Jaan_Tonisson_(Lasteleht), lk 332
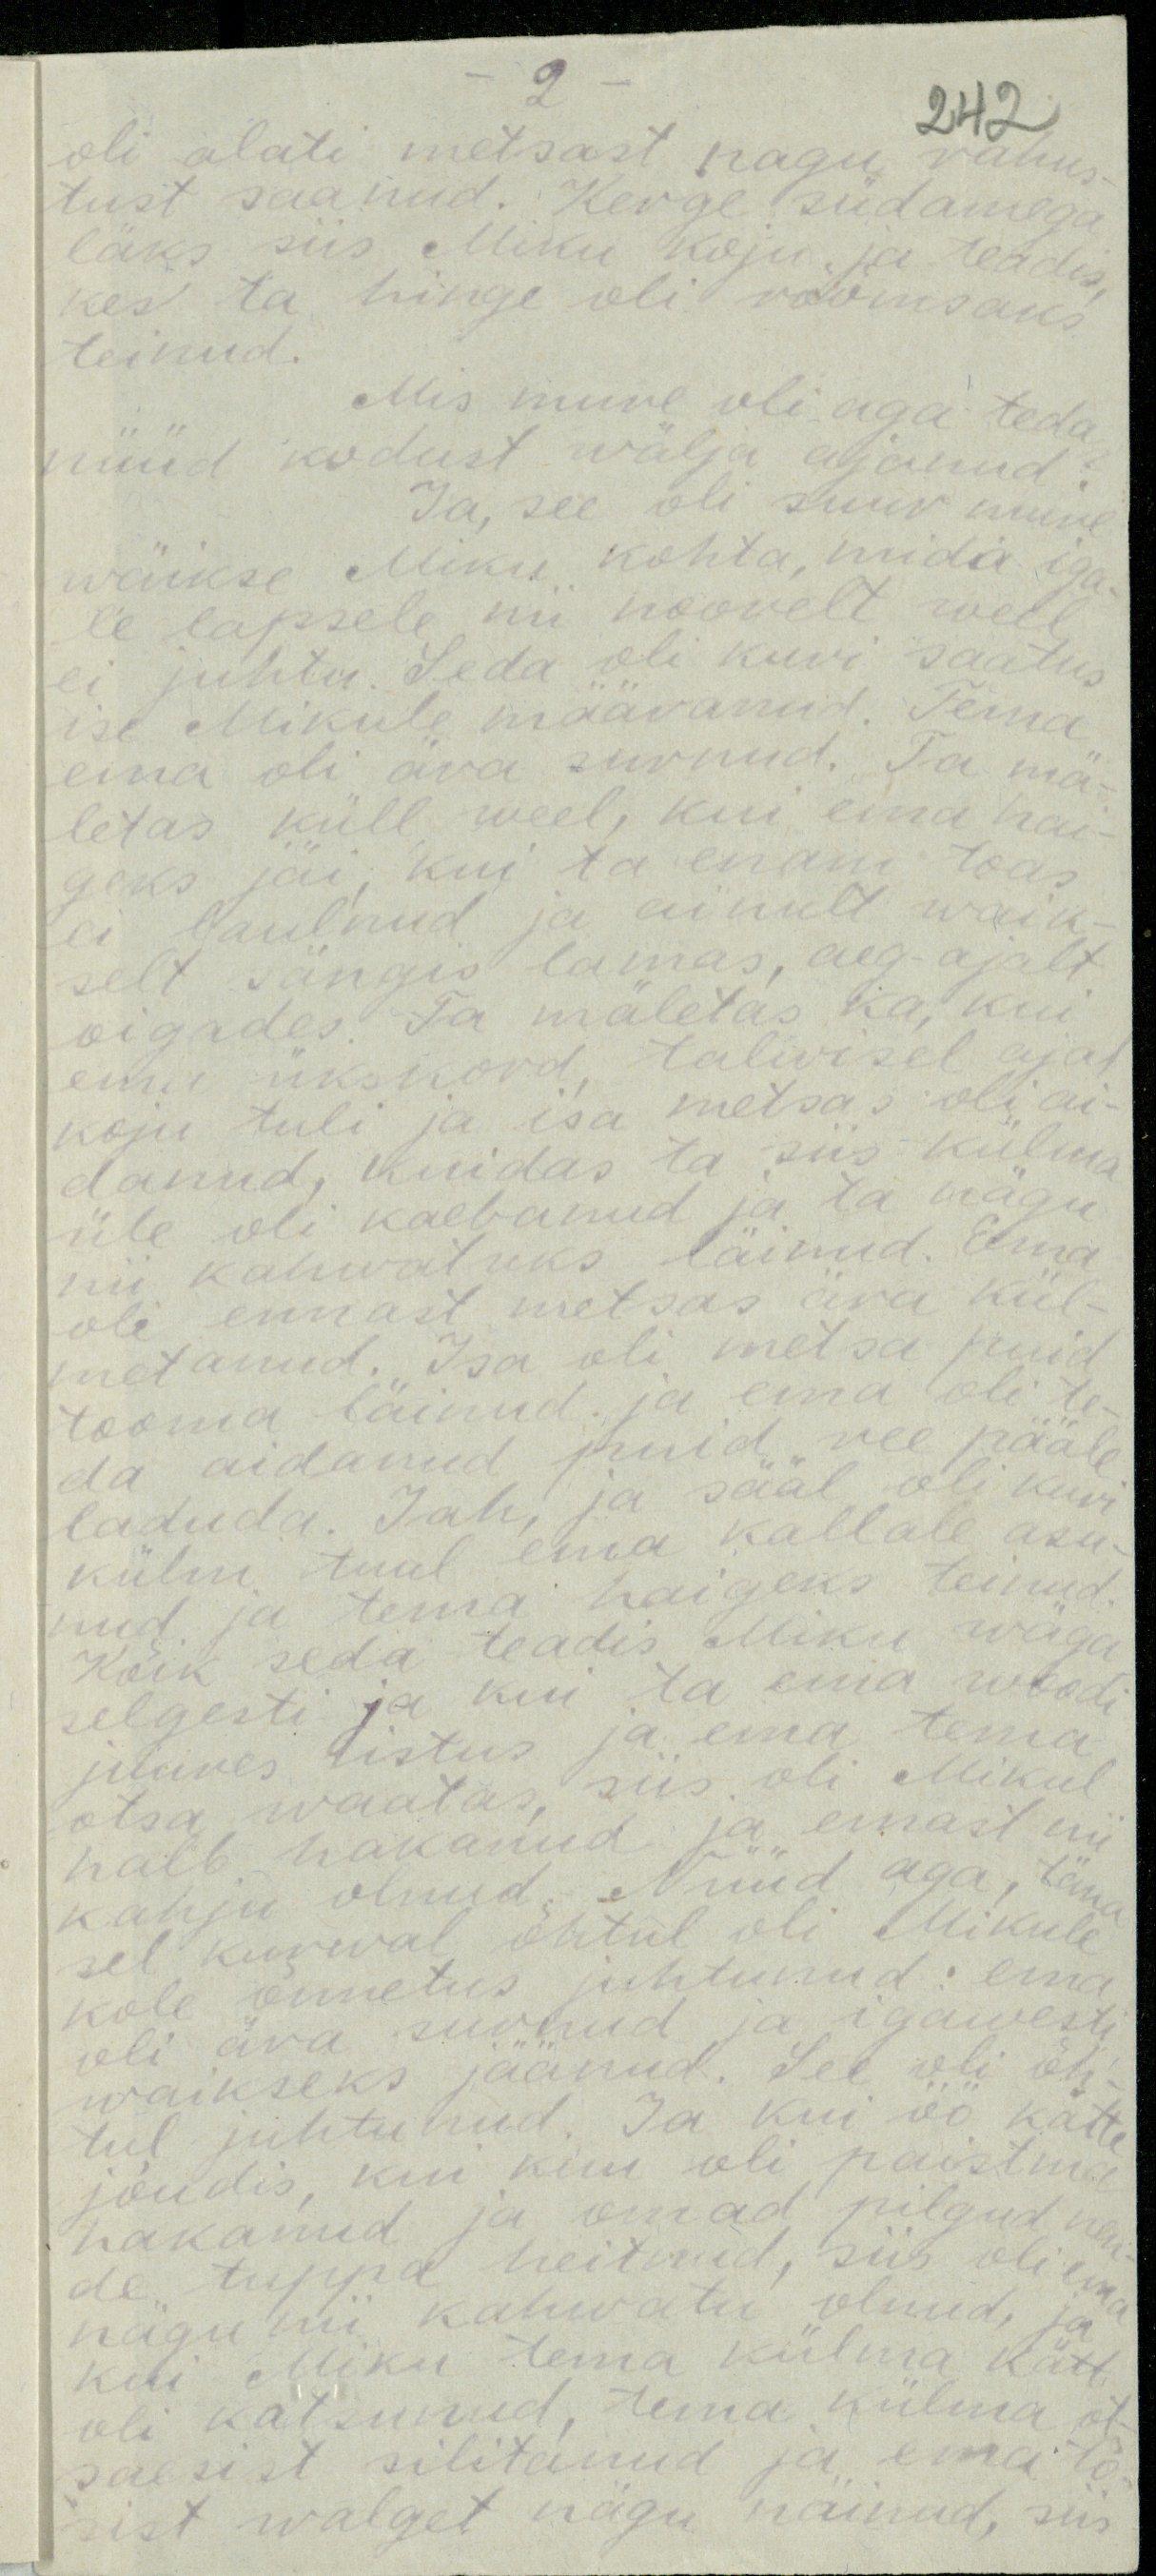
- 2.

242

oli alati metsast nagu rahus-
tust saanud. Kerge südamega
läks siis Miku koju ja teadisse
kes ta hinge oli rõõmsaks.
teinud.
Mis mure oli, aga teda
nüüd kodust wälja ajanud?
Ja, see oli suur mure
wäikse Miku kohta, mida iga-
le lapsele nii noorelt weel
ei juhtu. Seda oli kuri saatus
ise Mikule määranud. Tema
ema oli ära surnud. Ta mä-
letas küll weel, kui ema hai-
geks jäi, kui ta enam toas
ei laulnud ja ainult waik
selt sängis lamas, aeg ajalt
oigades. Ta mäletas ka, kui
ema üksikord talwisel ajal
koju tuli ja isa metsas oli ai-
danud, kuidas ta siis külma
üle oli kaebanud ja ta nägu
nii kahwatuks läinud. Ema
oli ennast metsas ära kül-
metanud. Isa oli metsa puid
tooma läinud ja ema oli te
da aidanud puid vee pääle
laduda. Jah ja sääl oli kuri-
külmise tuul ema kallale asu-
külm tuul ema haigeks teinud.
Kõik seda teadis Miku wäga
selgesti ja kui ta ema woodi
juures istus ja ema tema
otsa waatas, siis oli Mikul
halb hakanud ja emast nii
kahju olnud. Nüüd aga, täna
sel kurwal õhtul oli Mikule
kole õnnetus juhtunud: ema
oli ära surnud ja igawesti
waikseks jäänud. See oli õh
tul juhtunud. Ja kui öö kätte
jõudis kui kuu oli paistma
hakanud ja omad pilgud nende
nende tuppa heitnud, siis oli ema
nägu nii kahvatuu olnud, ja
kui Miku tema külma kätt.
oli katsunud, tema külma ot-
saesist silitanud ja ema tõ-
sist walget nägu näinud, siis